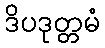
ဒိပဒုတ္တမံ